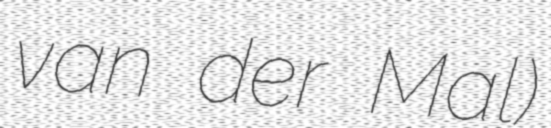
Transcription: van der Mal)